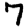
Digit: 7